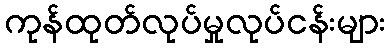
ကုန်ထုတ်လုပ်မှုလုပ်ငန်းများ